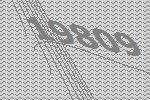
19809